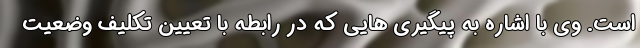
است. وی با اشاره به پیگیری هایی که در رابطه با تعیین تکلیف وضعیت